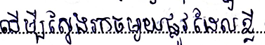
ដើម្បីស្វែងរកចម្ងាយផ្លូវដែលខ្លី